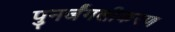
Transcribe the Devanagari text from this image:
पुनर्जंगलीकरण